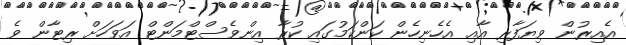
އެއިރުން ވިޔަފާރި އާއި އެހެނިހެން ކަންކަމުގައި ކުރާ އިންވެސްޓްމަންޓް އަވަހަށް ރިޓާން ވެ